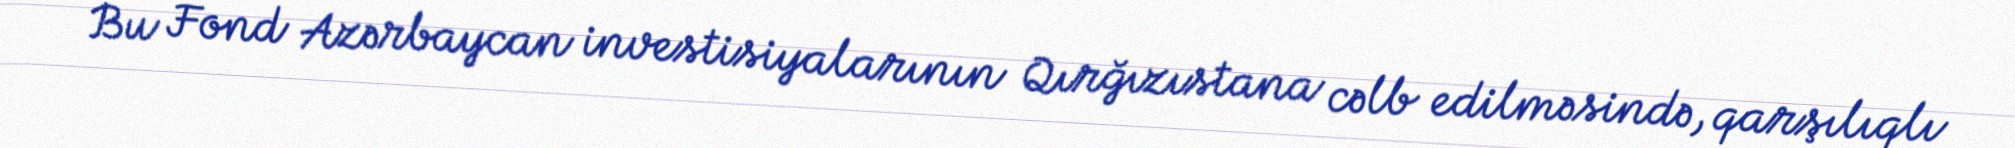
Bu Fond Azərbaycan investisiyalarının Qırğızıstana cəlb edilməsində, qarşılıqlı